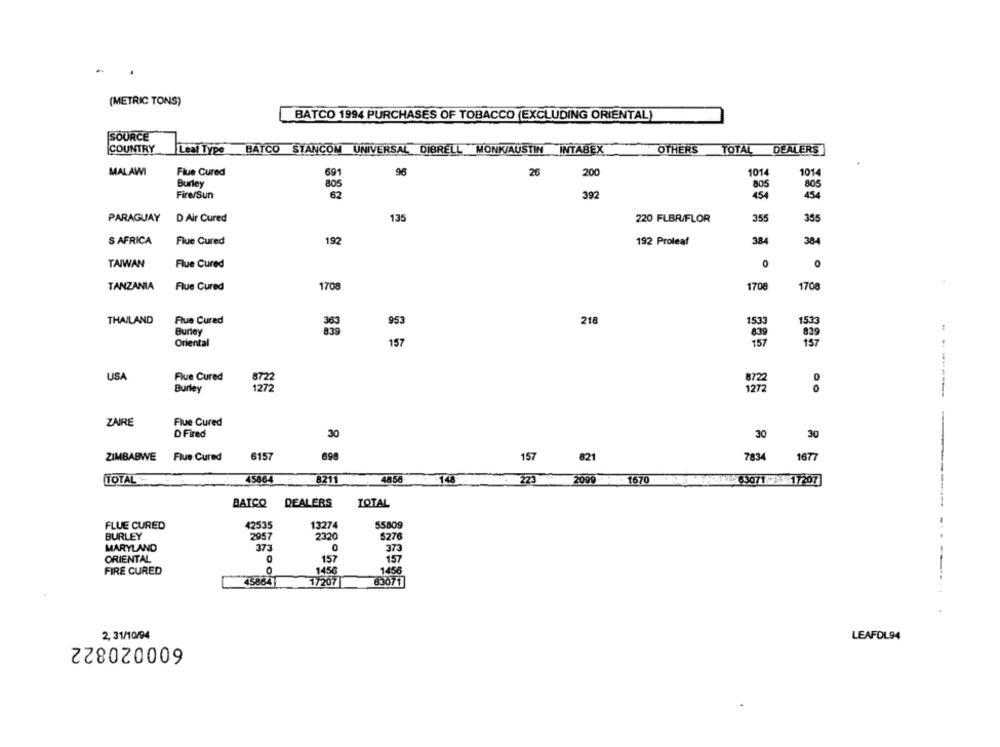
-
(METRIC TONS)
BATCO 1994 PURCHASES OF TOBACCO (EXCLUDING ORIENTAL)
SOURCE
COUNTRY
Leal Type
OTHERS
TOTAL DEALERS
BATCO STANCOM UNIVERSAL DIBRELL MONK/AUSTIN INTABEX
MALAWI
96
26
200
1014
1014
Flue Cured
691
Burley
805
805
805
Fire/Sun
62
392
454
434
335
PARAGUAY
D Air Cured
135
220 FLBR/FLOR
355
S AFRICA
Flue Cured
192
192 Proleaf
38
384
TAIWAN
Flue Cured
O
TANZANIA
Flue Cured
1708
1700
1708
THAILAND
Flue Cured
953
218
1533
1533
Buney
839
639
829
Oriental
157
157
157
USA
Flue Cured
872
Burley
1272
ZAIRE
Flue Cured
D Fired
30
30
30
698
157
821
7834
1677
ZIMBABWE Flue Cured
6157
45864
4858
TOTAL
8211
223
2099
1670
V+ 63071 2 17207
BATCO
DEALERS
TOTAL
42535
13274
55809
FLUE CURED
BURLEY
2957
2320
5276
MARYLAND
373
0
373
ORIENTAL
157
157
--
FIRE CURED
1456
1456
45864
17207
63071
2, 31/10/94
600020822
LEAFDL94